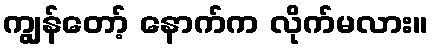
ကျွန်တော့် နောက်က လိုက်မလား။